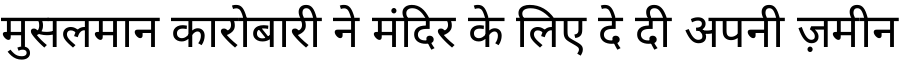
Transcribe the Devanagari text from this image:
मुसलमान कारोबारी ने मंदिर के लिए दे दी अपनी ज़मीन